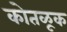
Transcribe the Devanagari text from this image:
कोतळूक